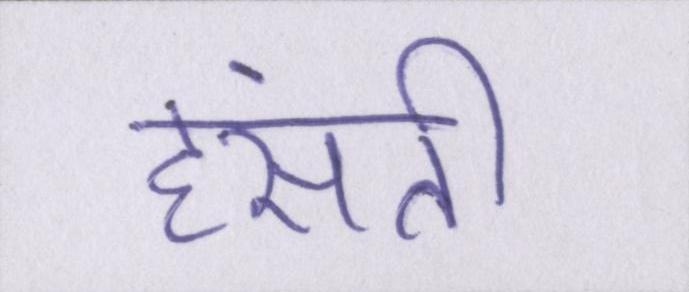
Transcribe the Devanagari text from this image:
हंसती